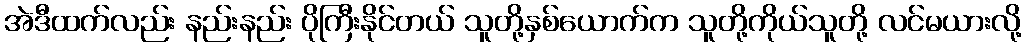
အဲဒီထက်လည်း နည်းနည်း ပိုကြီးနိုင်တယ် သူတို့နှစ်ယောက်က သူတို့ကိုယ်သူတို့ လင်မယားလို့